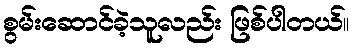
စွမ်းဆောင်ခဲ့သူလည်း ဖြစ်ပါတယ်။